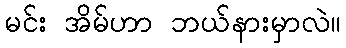
မင်း အိမ်ဟာ ဘယ်နားမှာလဲ။